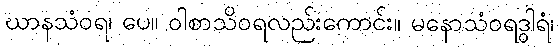
ဃာနသံဝရ၊ ပေ။ ဝါစာသိဝရလည်းကောင်း။ မနောသံဝရဒွါရံ၊